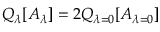
Q _ { \lambda } [ A _ { \lambda } ] = 2 Q _ { \lambda = 0 } [ A _ { \lambda = 0 } ]